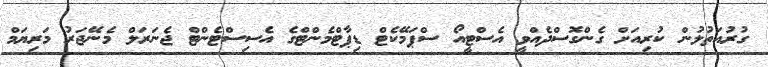
ގުރުއަތުލުން ކުރިއަށް ގެންގޮސްދެއްވީ އެސްޓީއޯ ސްޕަމޭކެޓް ޑިޕާޓްމެންޓްގެ އެސިސްޓެންޓް ޖެނަރަލް މެނޭޖަރު މަރިޔަމް